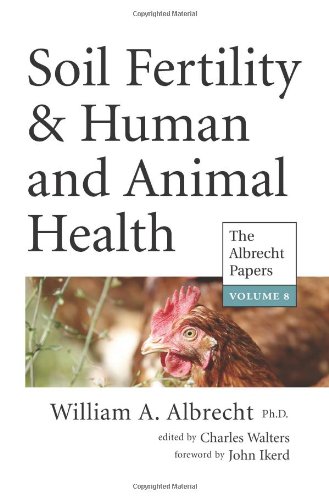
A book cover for Soil Fertility & Human and Animal Health (The Albrecht Papers); Ph.D. William A. Albrecht; Science & Math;